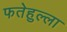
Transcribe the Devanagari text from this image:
फतेहुल्ला